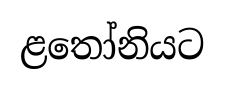
ළතෝනියට